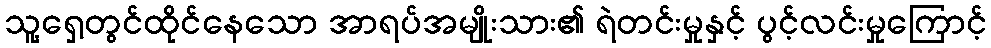
သူ့ရှေ့တွင်ထိုင်နေသော အာရပ်အမျိုးသား၏ ရဲတင်းမှုနှင့် ပွင့်လင်းမှုကြောင့်